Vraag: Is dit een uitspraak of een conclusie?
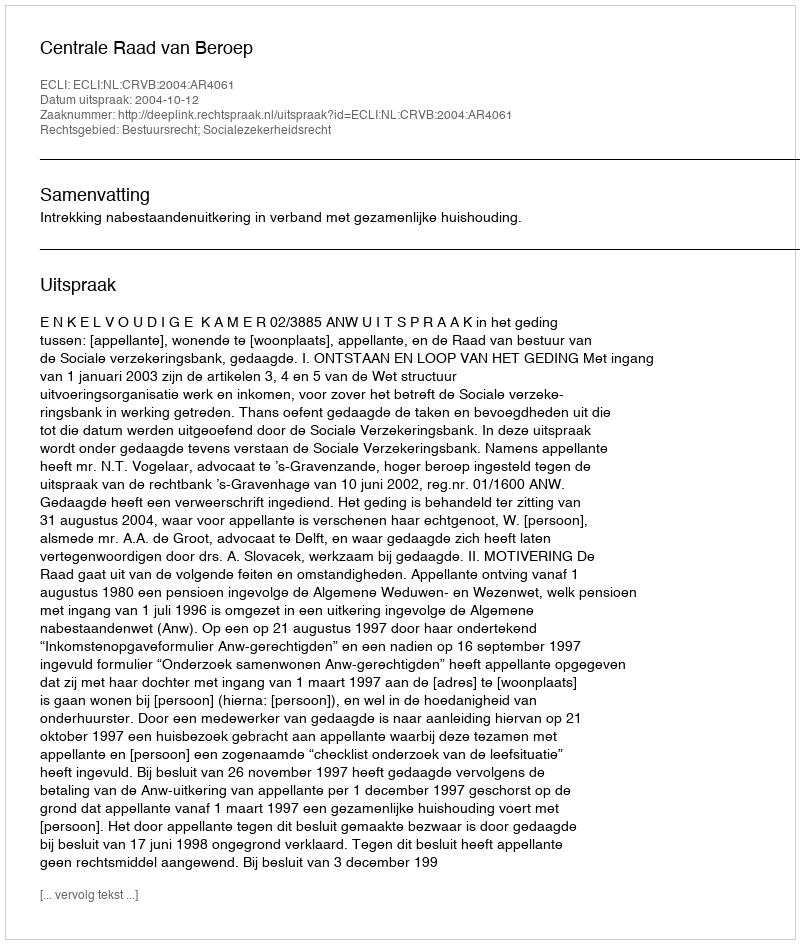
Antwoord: Uitspraak